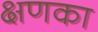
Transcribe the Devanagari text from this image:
क्षणका